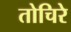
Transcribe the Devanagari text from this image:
तोचिरे